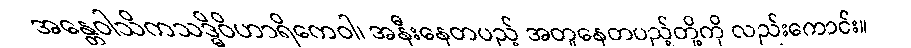
အန္တေဝါသိကသဒ္ဓိဝိဟာရိကေဝါ၊ အနီးနေတပည့် အတူနေတပည့်တို့ကို လည်းကောင်း။